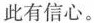
此有信心。